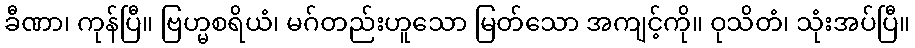
ခီဏာ၊ ကုန်ပြီ။ ဗြဟ္မစရိယံ၊ မဂ်တည်းဟူသော မြတ်သော အကျင့်ကို။ ဝုသိတံ၊ သုံးအပ်ပြီ။